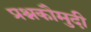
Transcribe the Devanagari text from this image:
प्रश्नकौमुदी